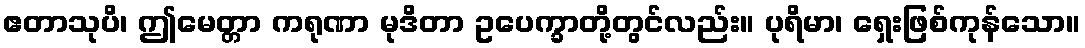
ဧတာသုပိ၊ ဤမေတ္တာ ကရုဏာ မုဒိတာ ဥပေက္ခာတို့တွင်လည်း။ ပုရိမာ၊ ရှေးဖြစ်ကုန်သော။